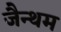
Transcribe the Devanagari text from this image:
जैन्थम